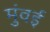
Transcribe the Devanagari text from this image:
मुंवई